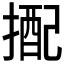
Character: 𢲭